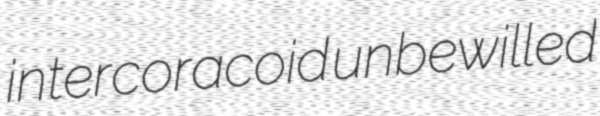
intercoracoid unbewilled